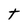
Character: t